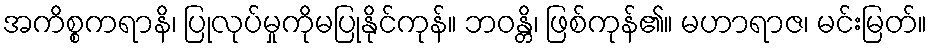
အကိစ္စကရာနိ၊ ပြုလုပ်မှုကိုမပြုနိုင်ကုန်။ ဘဝန္တိ၊ ဖြစ်ကုန်၏။ မဟာရာဇ၊ မင်းမြတ်။